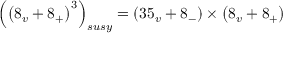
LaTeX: \left( \left( 8 _ { v } + 8 _ { + } \right) ^ { 3 } \right) _ { s u s y } = \left( 3 5 _ { v } + 8 _ { - } \right) \times \left( 8 _ { v } + 8 _ { + } \right)